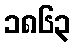
၁၈၆၃